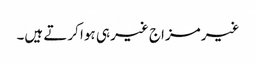
غیر مزاج غیر ہی ہوا کرتے ہیں۔